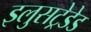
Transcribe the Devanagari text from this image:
इलुसट्रेडेड